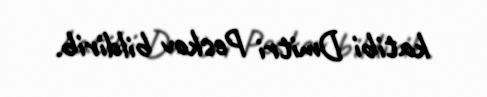
katibi Dmitri Peskov bildirib.